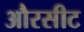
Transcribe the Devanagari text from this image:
औरसीट